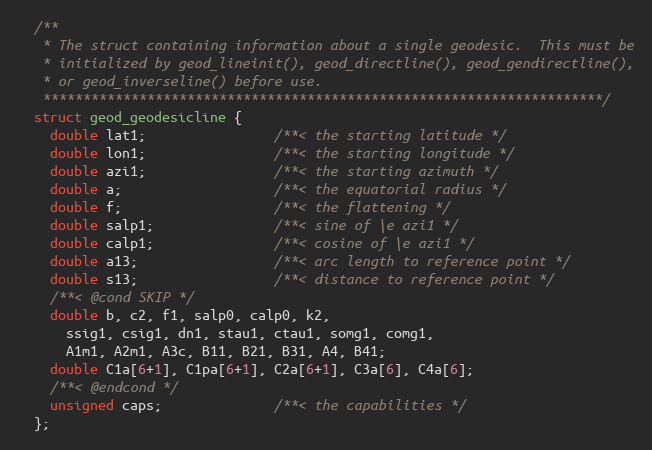
Language: C
  /**
   * The struct containing information about a single geodesic.  This must be
   * initialized by geod_lineinit(), geod_directline(), geod_gendirectline(),
   * or geod_inverseline() before use.
   **********************************************************************/
  struct geod_geodesicline {
    double lat1;                /**< the starting latitude */
    double lon1;                /**< the starting longitude */
    double azi1;                /**< the starting azimuth */
    double a;                   /**< the equatorial radius */
    double f;                   /**< the flattening */
    double salp1;               /**< sine of \e azi1 */
    double calp1;               /**< cosine of \e azi1 */
    double a13;                 /**< arc length to reference point */
    double s13;                 /**< distance to reference point */
    /**< @cond SKIP */
    double b, c2, f1, salp0, calp0, k2,
      ssig1, csig1, dn1, stau1, ctau1, somg1, comg1,
      A1m1, A2m1, A3c, B11, B21, B31, A4, B41;
    double C1a[6+1], C1pa[6+1], C2a[6+1], C3a[6], C4a[6];
    /**< @endcond */
    unsigned caps;              /**< the capabilities */
  };